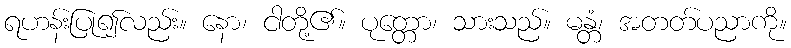
ရဟန်းပြု၍လည်း။ နော၊ ငါတို့၏။ ပုတ္တော၊ သားသည်။ မန္တံ၊ အတတ်ပညာကို။